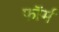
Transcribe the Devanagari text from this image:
फाॅर्म